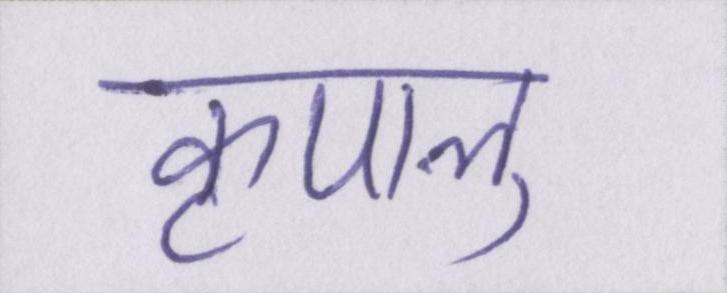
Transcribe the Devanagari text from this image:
कृपालु